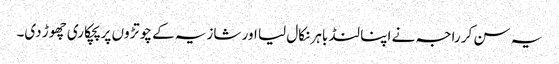
یہ سن کر راجہ نے اپنا لنڈ باہر نکال لیا اور شازیہ کے چوتڑوں پر پچکاری چھوڑ دی۔